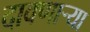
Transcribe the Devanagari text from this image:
दावणाऱ्या